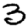
Digit: 3